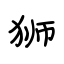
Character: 狮